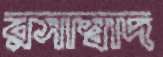
রসাস্বাদ